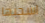
اسحبها